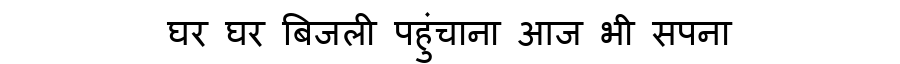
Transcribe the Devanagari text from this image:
घर घर बिजली पहुंचाना आज भी सपना